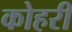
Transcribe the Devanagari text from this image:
कोहरी